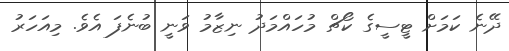
ދޭނެ ކަމަށް ޓީސީގެ ކޯޗް މުހައްމަދު ނިޒާމު ވަނީ ބުނެފަ އެވެ. މިއަހަރު